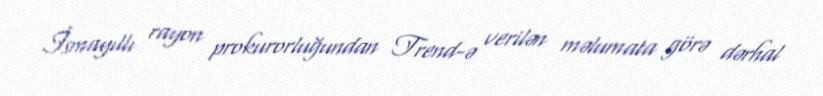
İsmayıllı rayon prokurorluğundan Trend-ə verilən məlumata görə dərhal